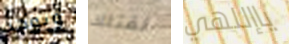
ويوجد لقتلك ياإللهي